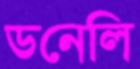
ডনেলি